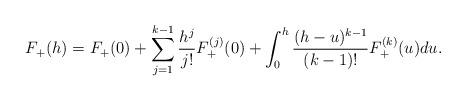
LaTeX: \begin{align*}F_+(h) = F_+(0)+\sum_{j=1}^{k-1} \frac{h^j}{j!}F_+^{(j)}(0) + \int_0^h\frac{(h-u)^{k-1}}{(k-1)!} F_+^{(k)}(u) du. \end{align*}